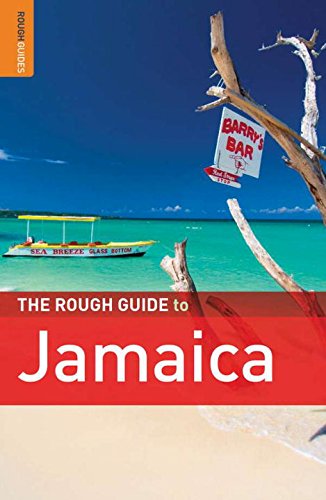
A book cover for The Rough Guide to Jamaica (Rough Guides); Polly Thomas; Travel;